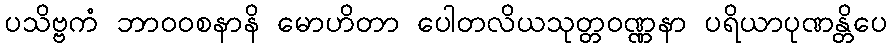
ပသိဗ္ဗကံ ဘာဝဝစနာနိ မောဟိတာ ပေါတလိယသုတ္တဝဏ္ဏနာ ပရိယာပုဏန္တိပေ